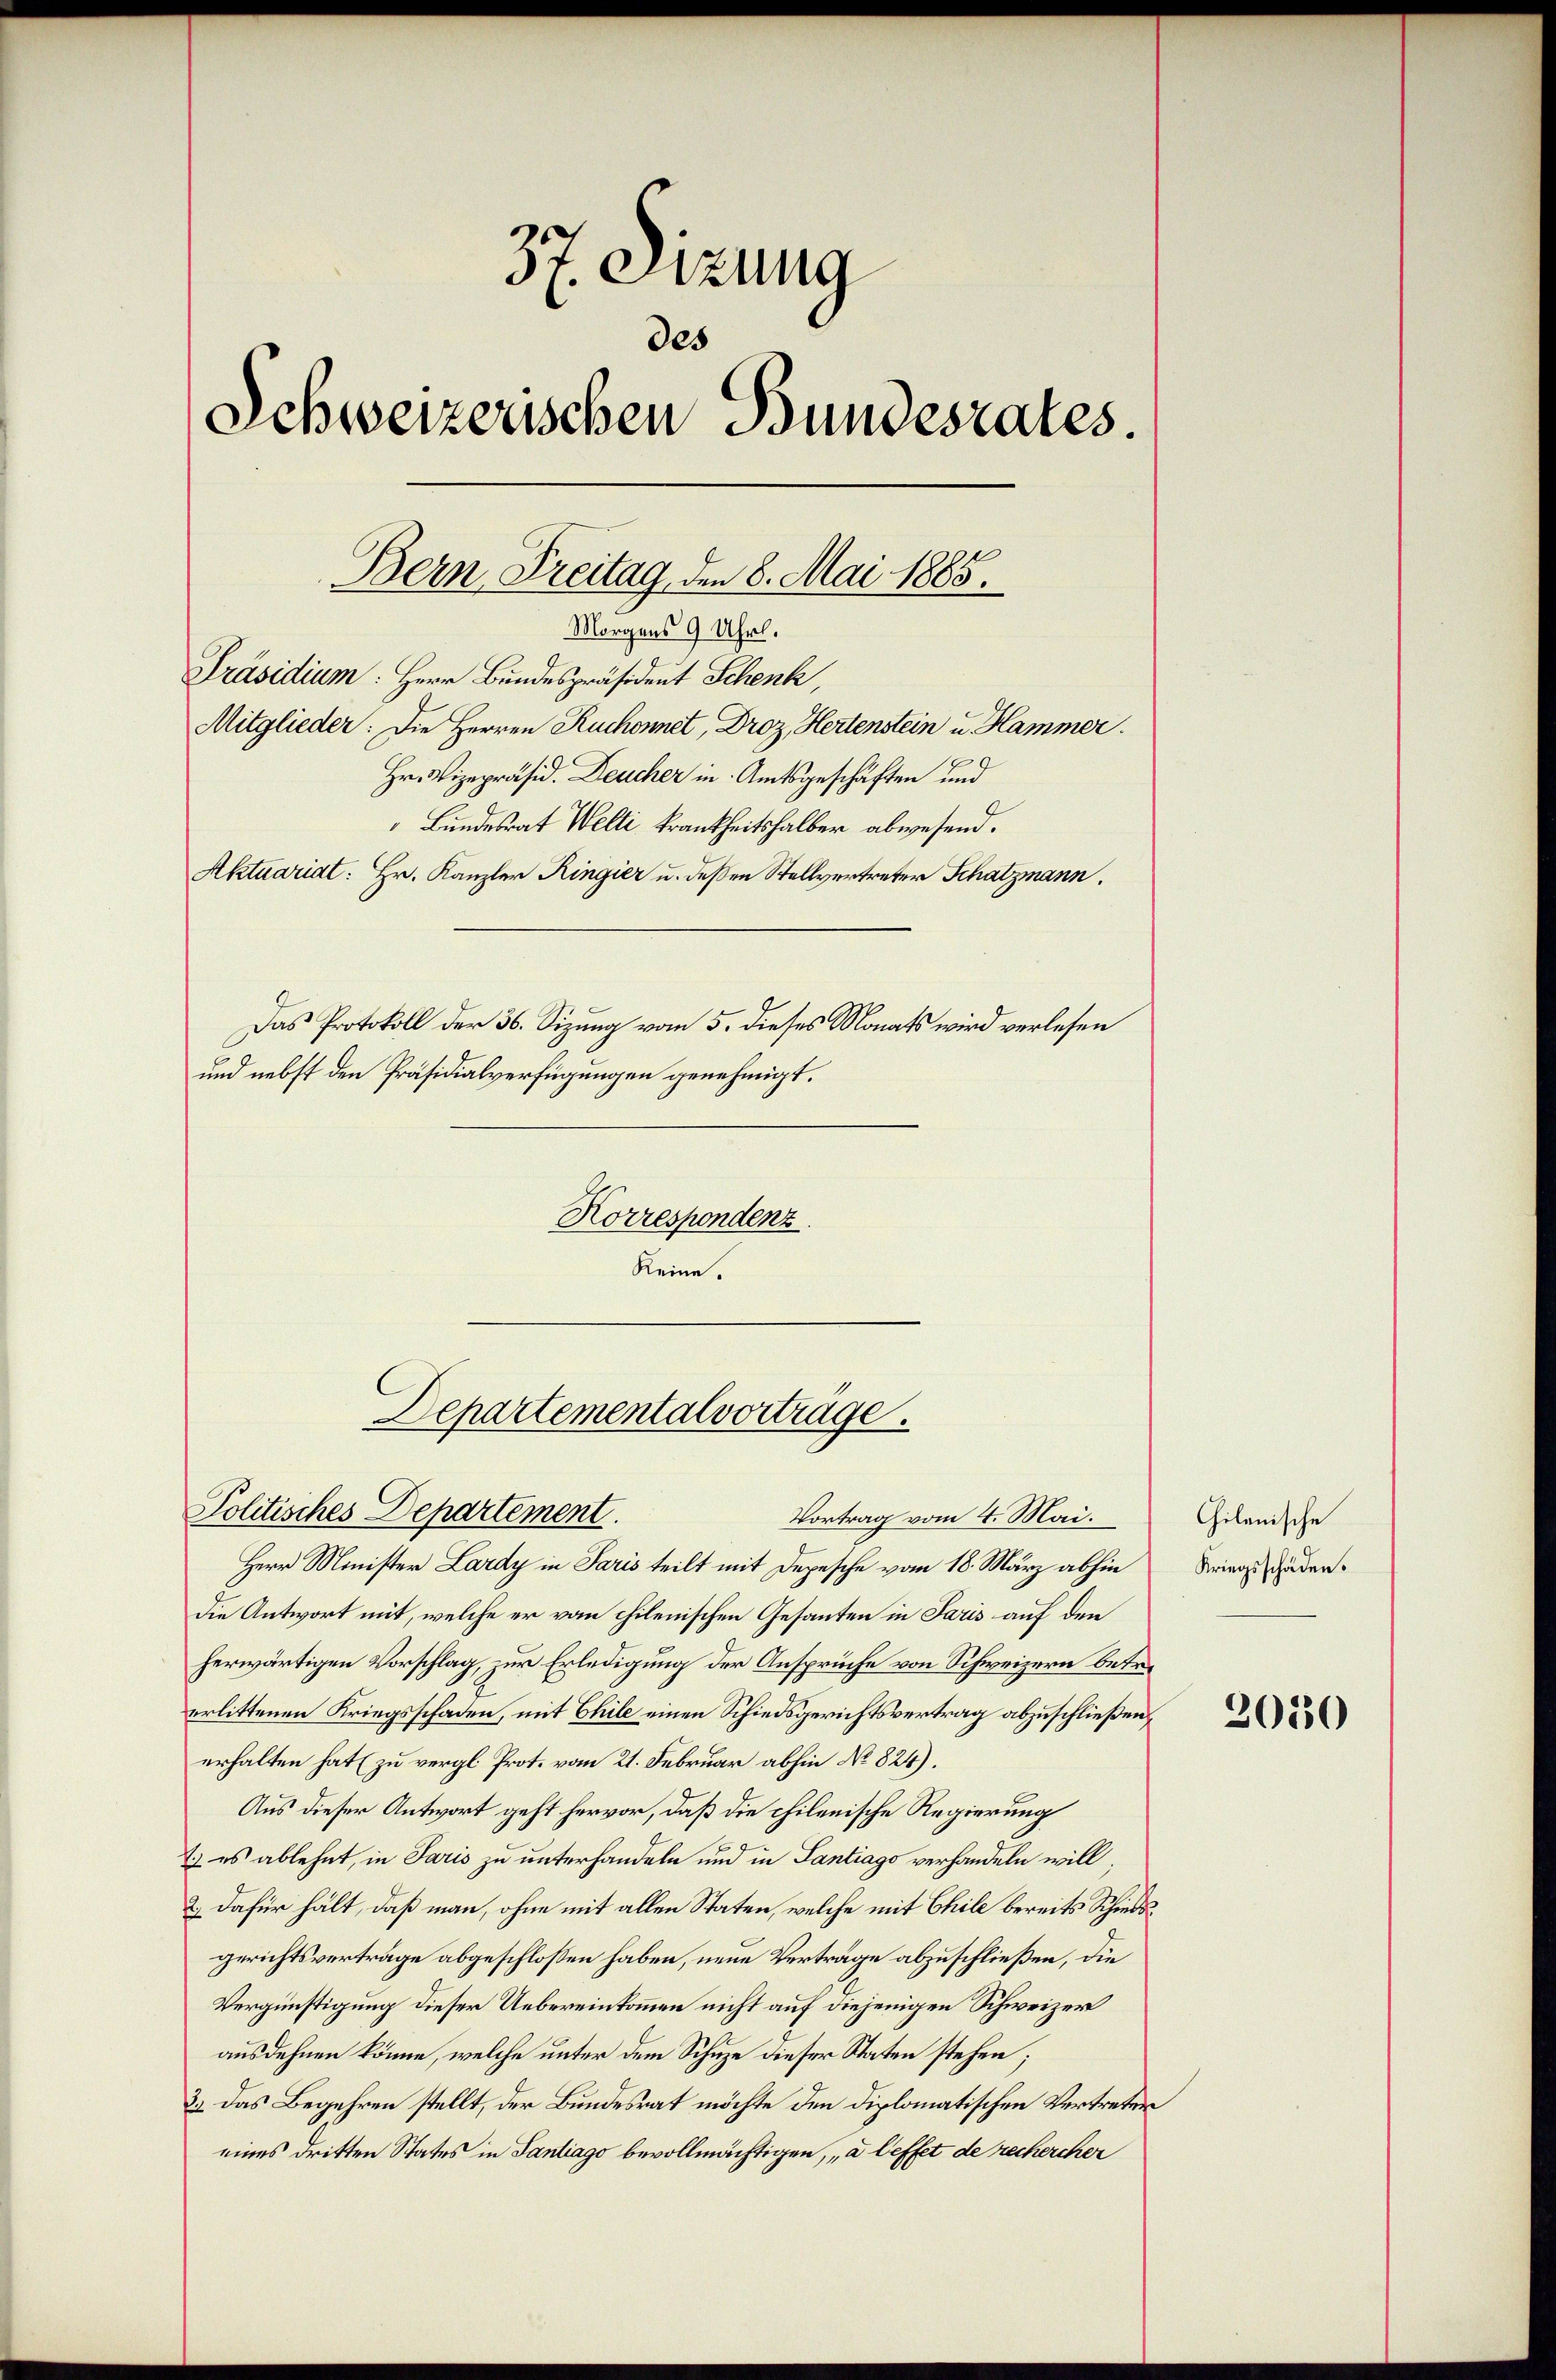
37. Sizung
des
Schweizerischen Bundesrates.
Präsidium: Herr Bundespräsident Schenk,
Mitglieder: Die Herren Ruchonnet, Droz, Hertenstein u. Hammer.
Hr. Vizepräsid. Deucher in Amtsgeschäften und
Bundesrat Welti krankheitshalber abwesend.
Aktuariat: Hr. Kanzler Ringier u. deßen Stellvertreter Schatzmann.
Das Protokoll der 36. Sizung vom 5. dieses Monats wird verlesen
und nebst den Präsidialverfügungen genehmigt.

Bern Freitag, den 8. Mai 1865.
Morgens 9 Uhrl.

Korrespondenz.
Keine.

Departementalvortrage.

Politisches Departement.
Vortrag vom 4. Mai.
Herr Minister Lardy in Paris teilt mit Depesche vom 18. März abhin
die Antwort mit, welche er vom chilenischen Gesanten in Paris auf den
herwärtigen Vorschlag, zur Erledigung der Ansprüche von Schweizern betr.
erlittenen Kriegsschaden, mit Chile einen Schiedsgerichtsvertrag abzuschließen,
erhalten hat (zu vergl. Prot. vom 21. Februar abhin No 824).
Aus dieser Antwort geht hervor, daß die chilenische Regierung
E: es ablehnt, in Paris zu unterhandeln und in Santiago verhandeln will,
2.) Dafür hält, daß man, ohne mit allen Staten, welche mit Chile bereits Schiedsgerichtsverträge abgeschlossen haben, neue Verträge abzuschließen, die
Vergünstigung dieser Uebereinkommen nicht auf diejenigen Schweizer
ausdehnen könne, welche unter dem Schuze dieser Staten stehen;
3.) Das Begehren stellt, der Bundesrat möchte den diplomatischen Vertreter
eines dritten States in Santiago bevollmächtigen, a leffet de rechercher

Chilanische
Kriegsschäden.

2030